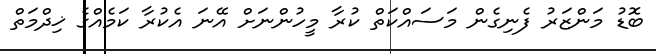
ބޮޑު މަންޒަރު ފެނިގެން މަސައްކަތް ކުރާ މީހުންނަށް އޭނަ އެކުރާ ކަމެއްގެ ޚިދްމަތް